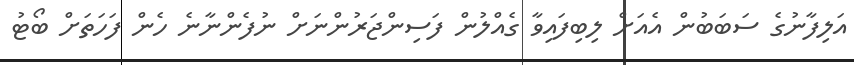
އަލިފާނުގެ ސަބަބުން އެއަށް ލިބިފައިވާ ގެއްލުން ފަސިންޖަރުންނަށް ނުފެންނާނެ ހެން ފަހަތަށް ބޯޓު